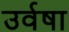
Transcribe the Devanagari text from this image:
उर्वषा